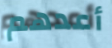
أعدهم